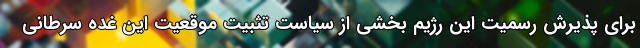
برای پذیرش رسمیت این رژیم بخشی از سیاست تثبیت موقعیت این غده سرطانی